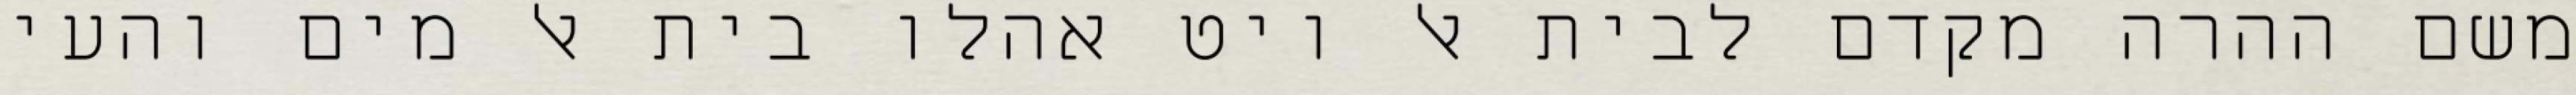
משם ההרה מקדם לבית אל ויט אהלו בית אל מים והעי